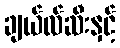
ချယ်လ်ဆီးနှင့်